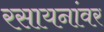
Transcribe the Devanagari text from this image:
रसायनांवर